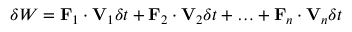
\delta W = \mathbf { F } _ { 1 } \cdot \mathbf { V } _ { 1 } \delta t + \mathbf { F } _ { 2 } \cdot \mathbf { V } _ { 2 } \delta t + \ldots + \mathbf { F } _ { n } \cdot \mathbf { V } _ { n } \delta t